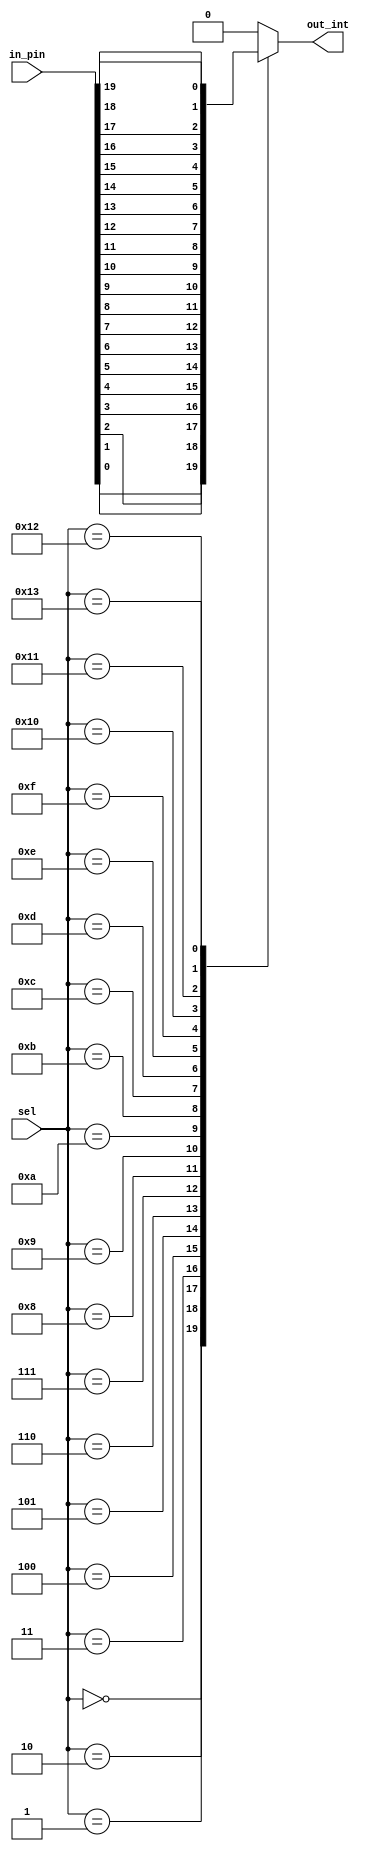
`timescale 1ns / 1ps
//////////////////////////////////////////////////////////////////////////////////
// Company: Xilinx, Inc
// Modified Date: 08/18/2017 to support PYNQ-Z2 board's Raspberry Pi and
//					and Arduino interfaces
//					C_INTERFACE=0 => ARDUINO, C_INTERFACE=1 => RASPBERRYPI
// Module Name: input_mux
//////////////////////////////////////////////////////////////////////////////////

module input_mux #(parameter C_FSM_SWITCH_WIDTH=20, C_INTERFACE=0) (
    input [4:0] sel,
    input [C_FSM_SWITCH_WIDTH-1:0] in_pin,
    output reg out_int
    );
        
    generate
    case (C_INTERFACE)
       0: begin: ARDUINO
                 always @(sel, in_pin)
                   case(sel)
                       5'h00 : out_int = in_pin[0];
                       5'h01 : out_int = in_pin[1];
                       5'h02 : out_int = in_pin[2];
                       5'h03 : out_int = in_pin[3];
                       5'h04 : out_int = in_pin[4];
                       5'h05 : out_int = in_pin[5];
                       5'h06 : out_int = in_pin[6];
                       5'h07 : out_int = in_pin[7];
                       5'h08 : out_int = in_pin[8];
                       5'h09 : out_int = in_pin[9];
                       5'h0A : out_int = in_pin[10];
                       5'h0B : out_int = in_pin[11];
                       5'h0C : out_int = in_pin[12];
                       5'h0D : out_int = in_pin[13];
                       5'h0E : out_int = in_pin[14];
                       5'h0F : out_int = in_pin[15];
                       5'h10 : out_int = in_pin[16];
                       5'h11 : out_int = in_pin[17];
                       5'h12 : out_int = in_pin[18];
                       5'h13 : out_int = in_pin[19];
                       default : out_int = 1'b0;
                    endcase  
                 end
       1: begin: RASPBERRYPI
                 always @(sel, in_pin)
                    case(sel)
                        5'h00 : out_int = in_pin[0];
                        5'h01 : out_int = in_pin[1];
                        5'h02 : out_int = in_pin[2];
                        5'h03 : out_int = in_pin[3];
                        5'h04 : out_int = in_pin[4];
                        5'h05 : out_int = in_pin[5];
                        5'h06 : out_int = in_pin[6];
                        5'h07 : out_int = in_pin[7];
                        5'h08 : out_int = in_pin[8];
                        5'h09 : out_int = in_pin[9];
                        5'h0A : out_int = in_pin[10];
                        5'h0B : out_int = in_pin[11];
                        5'h0C : out_int = in_pin[12];
                        5'h0D : out_int = in_pin[13];
                        5'h0E : out_int = in_pin[14];
                        5'h0F : out_int = in_pin[15];
                        5'h10 : out_int = in_pin[16];
                        5'h11 : out_int = in_pin[17];
                        5'h12 : out_int = in_pin[18];
                        5'h13 : out_int = in_pin[19];
                        5'h14 : out_int = in_pin[20];
                        5'h15 : out_int = in_pin[21];
                        5'h16 : out_int = in_pin[22];
                        5'h17 : out_int = in_pin[23];
                        5'h18 : out_int = in_pin[24];
                        5'h19 : out_int = in_pin[25];
                        default : out_int = 1'b0;
                     endcase  
                  end
       default: begin: ARDUINO
                      always @(sel, in_pin)
                      case(sel)
                          5'h00 : out_int = in_pin[0];
                          5'h01 : out_int = in_pin[1];
                          5'h02 : out_int = in_pin[2];
                          5'h03 : out_int = in_pin[3];
                          5'h04 : out_int = in_pin[4];
                          5'h05 : out_int = in_pin[5];
                          5'h06 : out_int = in_pin[6];
                          5'h07 : out_int = in_pin[7];
                          5'h08 : out_int = in_pin[8];
                          5'h09 : out_int = in_pin[9];
                          5'h0A : out_int = in_pin[10];
                          5'h0B : out_int = in_pin[11];
                          5'h0C : out_int = in_pin[12];
                          5'h0D : out_int = in_pin[13];
                          5'h0E : out_int = in_pin[14];
                          5'h0F : out_int = in_pin[15];
                          5'h10 : out_int = in_pin[16];
                          5'h11 : out_int = in_pin[17];
                          5'h12 : out_int = in_pin[18];
                          5'h13 : out_int = in_pin[19];
                          default : out_int = 1'b0;
                       endcase  
                    end
    endcase
    endgenerate
      
endmodule